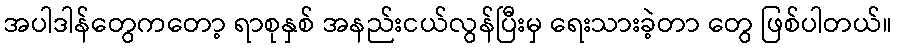
အပါဒါန်တွေကတော့ ရာစုနှစ် အနည်းငယ်လွန်ပြီးမှ ရေးသားခဲ့တာ တွေ ဖြစ်ပါတယ်။